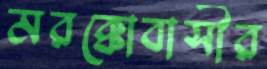
মরক্কোবাসীর